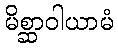
မိစ္ဆာဝါယာမံ